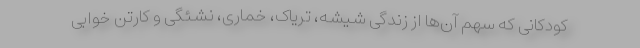
کودکانی که سهم آن‌ها از زندگی شیشه، تریاک، خماری، نشئگی و کارتن خوابی